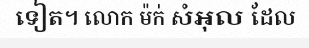
ទៀត។ លោក ម៉ក់ សំអុល ដែល